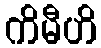
ကိမီဟိ